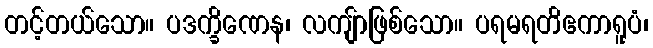
တင့်တယ်သော။ ပဒက္ခိဏေန၊ လကျ်ာဖြစ်သော။ ပရမရတိဧကာရူပံ၊